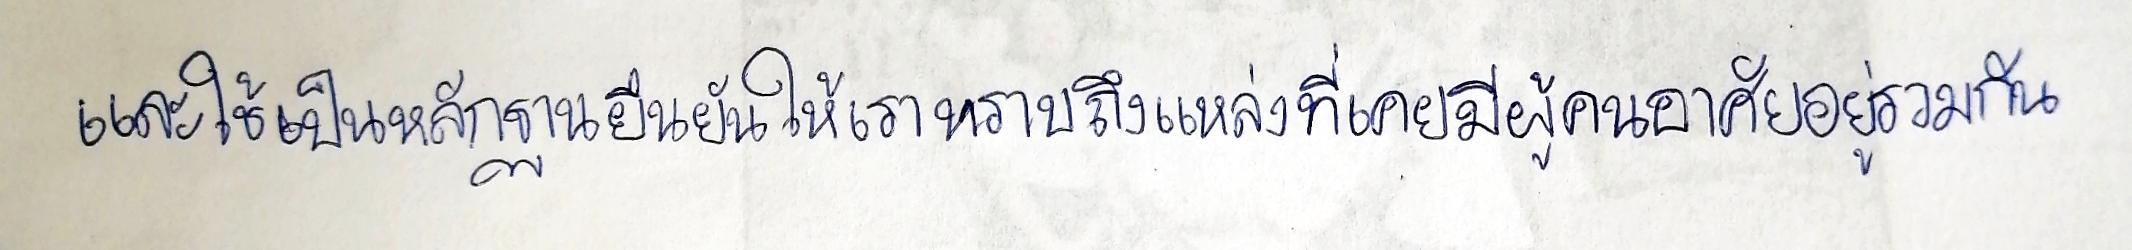
และใช้เป็นหลักฐานยืนยันให้เราทราบถึงแหล่งที่เคยมีผู้คนอยู่อาศัยรวมกัน